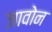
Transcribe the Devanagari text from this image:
जावोन